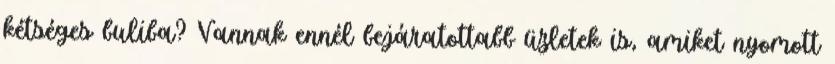
kétséges buliba? Vannak ennél bejáratottabb üzletek is, amiket nyomott